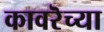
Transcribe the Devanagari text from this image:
कावरॆच्या